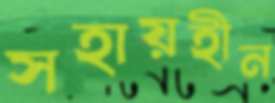
সহায়হীন